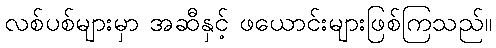
လစ်ပစ်များမှာ အဆီနှင့် ဖယောင်းများဖြစ်ကြသည်။